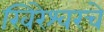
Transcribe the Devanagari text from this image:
खिरेश्वरचे